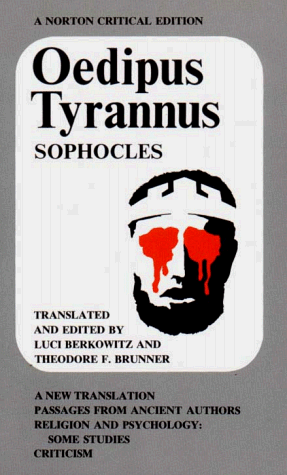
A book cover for Oedipus Tyrannus: A New Translation. Passages from Ancient Authors. Religion and Psychology: Some Studies. Criticism; Sophocles; Literature & Fiction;